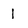
Character: 1